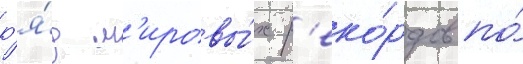
р'я́д м'ировы́х р'еко́рдов по́